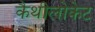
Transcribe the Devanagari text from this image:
कैथीलोकेट